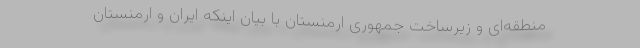
منطقه‌ای و زیرساخت جمهوری ارمنستان با بیان اینکه ایران و ارمنستان